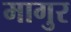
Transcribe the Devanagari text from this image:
मागुर